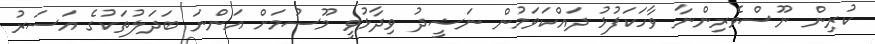
ކުރިން ނޫސްވެރިންނާ ވާހަކަފުޅު ދައްކަވަމުން ނަޝީދު ވިދާޅުވީ މޫސުމަށް އަންނަ ބަދަލުތަކުގެ އަސަރު